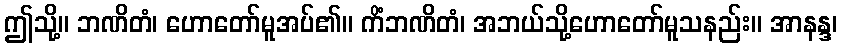
ဤသို့။ ဘဏိတံ၊ ဟောတော်မူအပ်၏။ ကိံဘဏိတံ၊ အဘယ်သို့ဟောတော်မူသနည်း။ အာနန္ဒ၊